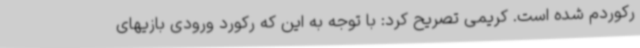
رکوردم شده است. کریمی تصریح کرد: با توجه به این که رکورد ورودی بازیهای